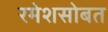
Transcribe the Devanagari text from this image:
रमेशसोबत